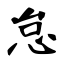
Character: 怠